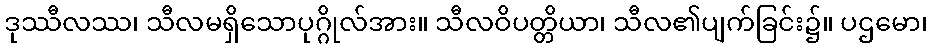
ဒုဿီလဿ၊ သီလမရှိသောပုဂ္ဂိုလ်အား။ သီလဝိပတ္တိယာ၊ သီလ၏ပျက်ခြင်း၌။ ပဌမော၊